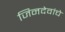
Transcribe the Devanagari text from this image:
जिनदेवांचे